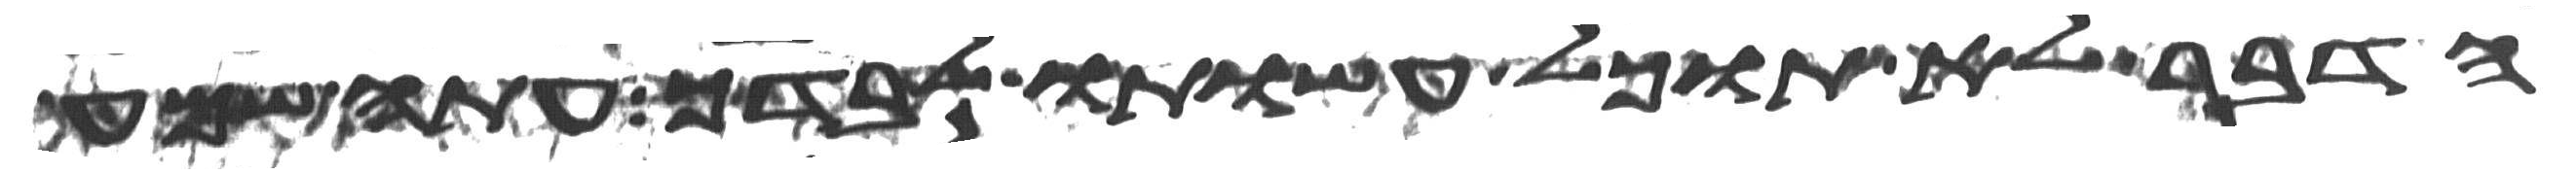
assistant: הדבר לא תוכל עשותו לבדך עתה שמע